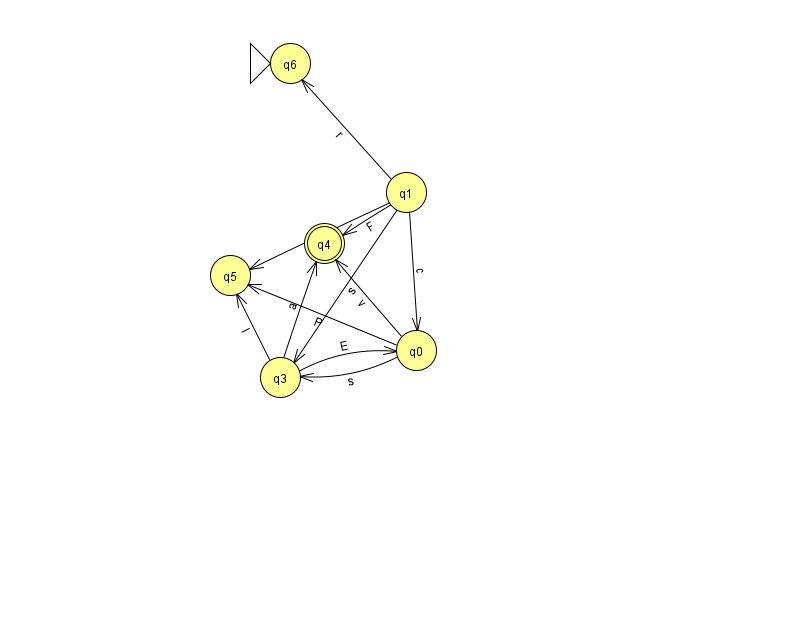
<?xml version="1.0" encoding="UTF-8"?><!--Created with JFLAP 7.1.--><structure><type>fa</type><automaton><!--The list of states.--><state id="0" name="q0"><x>416.0</x><y>337.0</y></state><state id="1" name="q1"><x>406.0</x><y>179.0</y></state><state id="3" name="q3"><x>280.0</x><y>364.0</y></state><state id="4" name="q4"><x>324.0</x><y>230.0</y><final/></state><state id="5" name="q5"><x>230.0</x><y>262.0</y></state><state id="6" name="q6"><x>290.0</x><y>50.0</y><initial/></state><!--The list of transitions.--><transition><from>0</from><to>4</to><read>v</read></transition><transition><from>1</from><to>3</to><read>s</read></transition><transition><from>1</from><to>5</to><read>c</read></transition><transition><from>3</from><to>0</to><read>E</read></transition><transition><from>1</from><to>6</to><read>r</read></transition><transition><from>3</from><to>4</to><read>a</read></transition><transition><from>3</from><to>5</to><read>l</read></transition><transition><from>0</from><to>5</to><read>P</read></transition><transition><from>1</from><to>4</to><read>F</read></transition><transition><from>0</from><to>3</to><read>s</read></transition><transition><from>1</from><to>0</to><read>c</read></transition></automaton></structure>